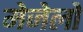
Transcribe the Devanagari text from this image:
मेजेलो